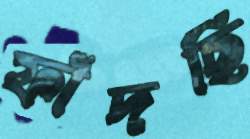
ফাঁদছি